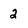
Character: 2